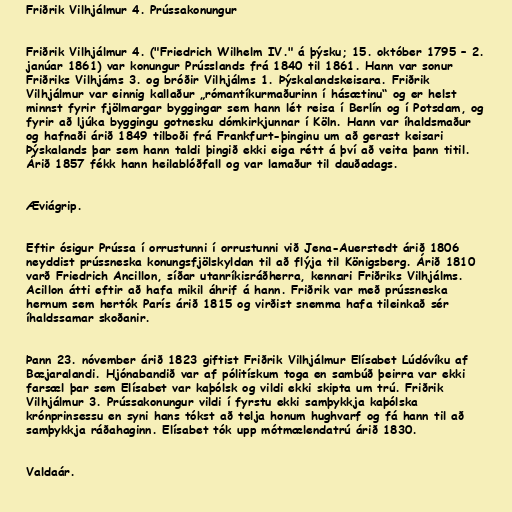
Friðrik Vilhjálmur 4. Prússakonungur

Friðrik Vilhjálmur 4. ("Friedrich Wilhelm IV." á þýsku; 15. október 1795 – 2.
janúar 1861) var konungur Prússlands frá 1840 til 1861. Hann var sonur
Friðriks Vilhjáms 3. og bróðir Vilhjálms 1. Þýskalandskeisara. Friðrik
Vilhjálmur var einnig kallaður „rómantíkurmaðurinn í hásætinu“ og er helst
minnst fyrir fjölmargar byggingar sem hann lét reisa í Berlín og í Potsdam, og
fyrir að ljúka byggingu gotnesku dómkirkjunnar í Köln. Hann var íhaldsmaður
og hafnaði árið 1849 tilboði frá Frankfurt-þinginu um að gerast keisari
Þýskalands þar sem hann taldi þingið ekki eiga rétt á því að veita þann titil.
Árið 1857 fékk hann heilablóðfall og var lamaður til dauðadags.

Æviágrip.

Eftir ósigur Prússa í orrustunni í orrustunni við Jena-Auerstedt árið 1806
neyddist prússneska konungsfjölskyldan til að flýja til Königsberg. Árið 1810
varð Friedrich Ancillon, síðar utanríkisráðherra, kennari Friðriks Vilhjálms.
Acillon átti eftir að hafa mikil áhrif á hann. Friðrik var með prússneska
hernum sem hertók París árið 1815 og virðist snemma hafa tileinkað sér
íhaldssamar skoðanir.

Þann 23. nóvember árið 1823 giftist Friðrik Vilhjálmur Elísabet Lúdóvíku af
Bæjaralandi. Hjónabandið var af pólitískum toga en sambúð þeirra var ekki
farsæl þar sem Elísabet var kaþólsk og vildi ekki skipta um trú. Friðrik
Vilhjálmur 3. Prússakonungur vildi í fyrstu ekki samþykkja kaþólska
krónprinsessu en syni hans tókst að telja honum hughvarf og fá hann til að
samþykkja ráðahaginn. Elísabet tók upp mótmælendatrú árið 1830.

Valdaár.